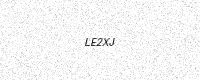
Text: LE2XJ